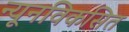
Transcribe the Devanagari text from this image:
न्यूनविकसित